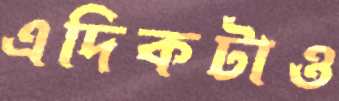
এদিকটাও